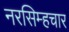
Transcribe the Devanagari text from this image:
नरसिम्हचार